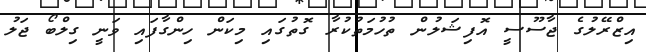
އިޒްރޭލުގެ ޖާސޫސީ އޮފިޝަލުން ތުހުމަތުކުރާ ގޮތުގައި މިކަން ހިންގާފައި ވަނީ ގިލްބޯ ޖަލު